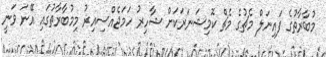
މުބާރާތުގެ ފައިނަލް މެޗުގެ މެޗް ކޮމިޝަނަރަކަށް ޝާހިރު ހަމަޖެއްސިއިރު މިމުބާރާތުގައި އޭނަ ވަނީ